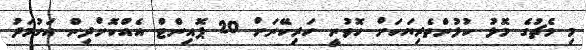
މި މެޗުގެ މޮޅު ކުޅުންތެރިޔަކަށް ހޮވުނީ ހަރިކޭނަށް 20 ޕޮއިންޓް އެއްކޮށްދިން އަހުމަދު